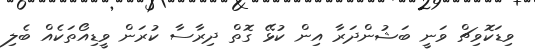
ވިޑަކޮވިޗް ވަނީ ބަޝުންދަރާ އިން ކުޅޭ ގޮތް ދިރާސާ ކުރަން ވީޑިއޯތަކެއް ބެލި